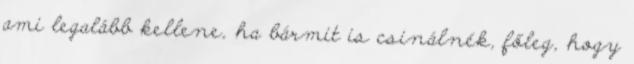
ami legalább kellene, ha bármit is csinálnék, főleg, hogy